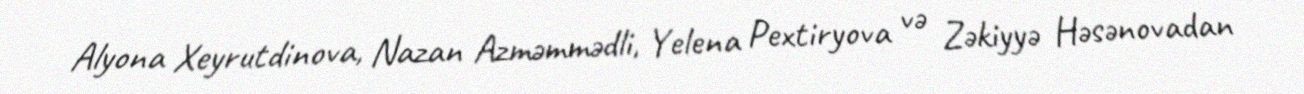
Alyona Xeyrutdinova, Nazan Azməmmədli, Yelena Pextiryova və Zəkiyyə Həsənovadan